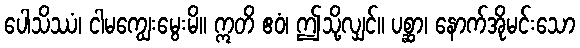
ပေါသိဿံ၊ ငါမကျွေးမွေးမိ။ ဣတိ ဧဝံ၊ ဤသို့လျှင်။ ပစ္ဆာ၊ နောက်အိုမင်းသော